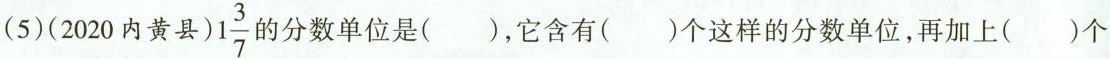
(5)(2020内黄县) 1 \frac{3}{7} 分数单位是()，它含有()个这样的分数单位，再加上()个